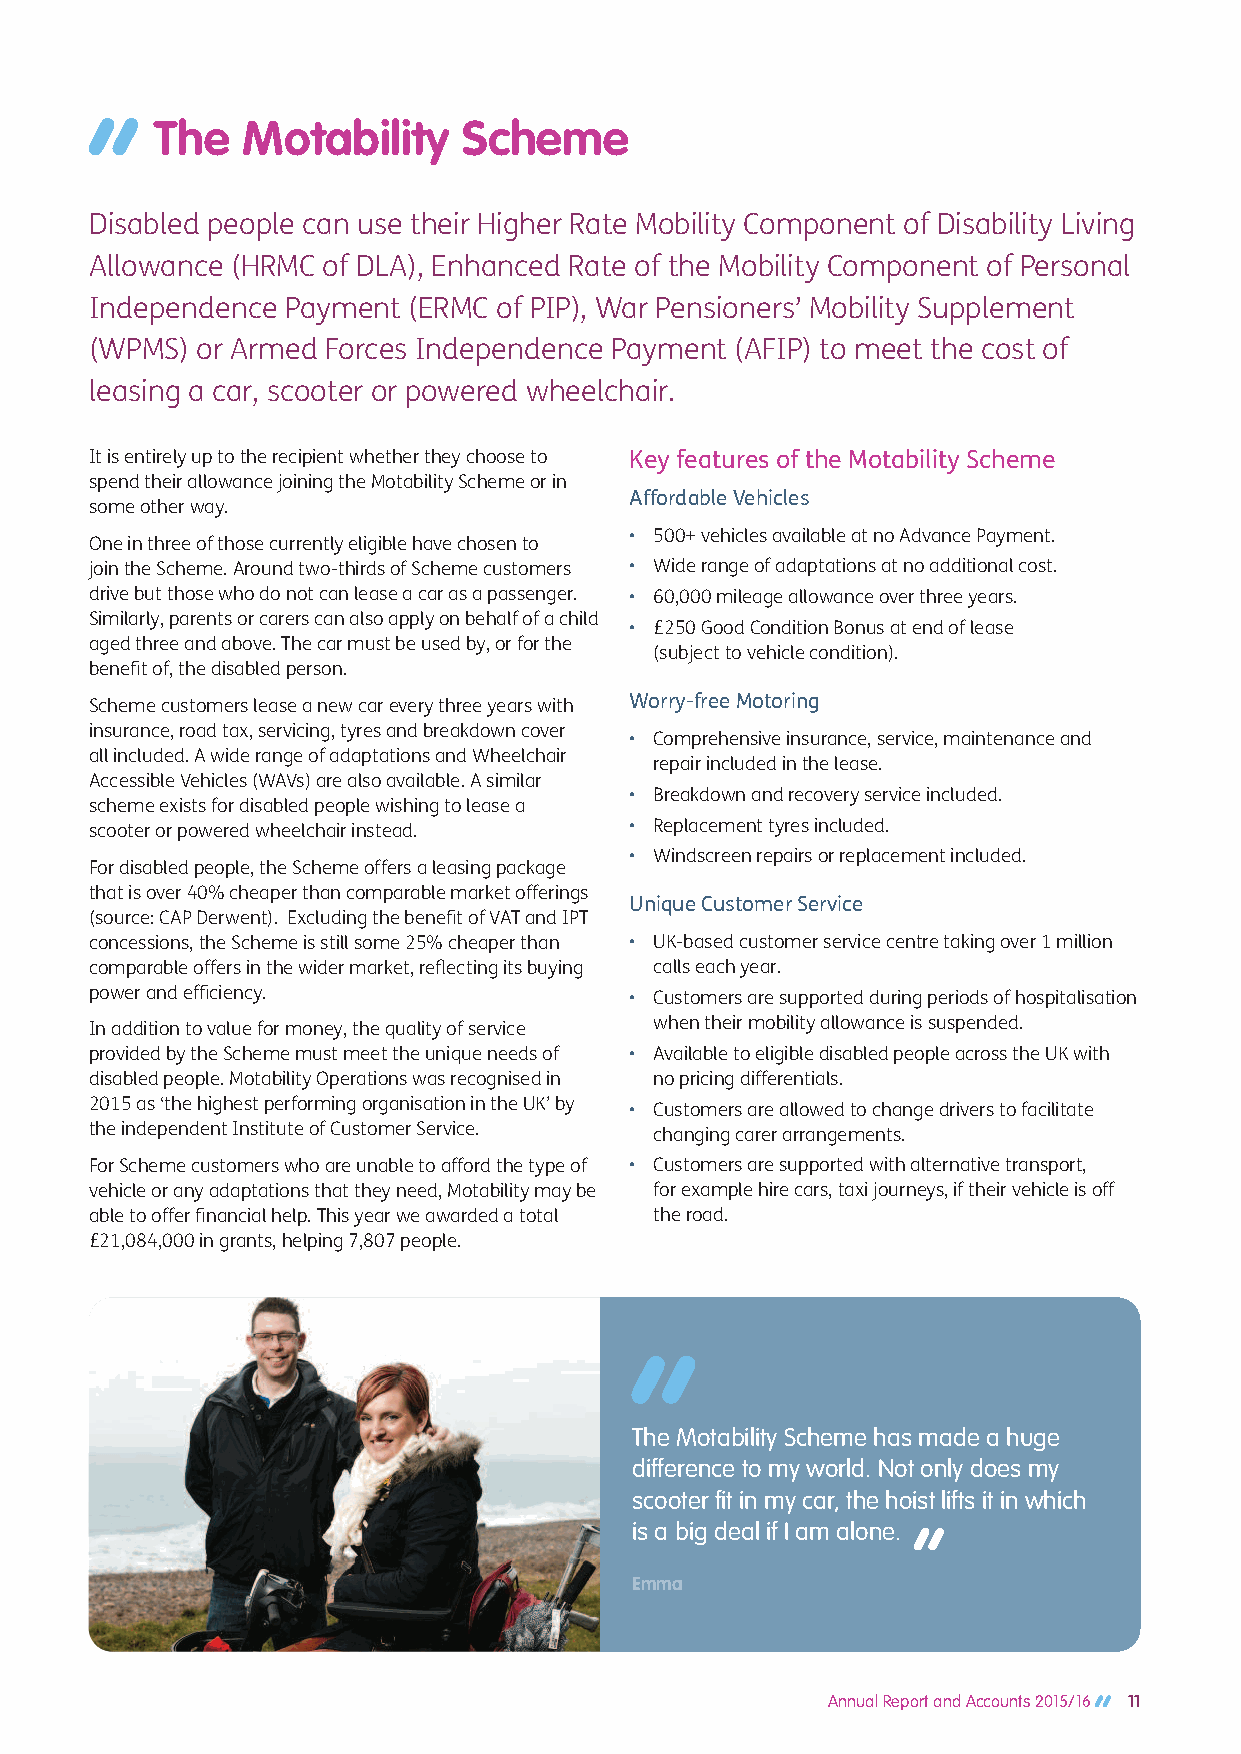
The   Motability     Scheme
 Disabled people can use their Higher Rate Mobility Component of Disability Living
 Allowance (HRMC of DLA), Enhanced Rate of the Mobility Component of Personal
 Independence Payment (ERMC of PIP), War Pensioners’ Mobility Supplement
 (WPMS) or Armed Forces Independence Payment (AFIP) to meet the cost of
 leasing a car, scooter or powered wheelchair.
 It is entirely up to the recipient whether they choose to Key features of the Motability Scheme
 spend their allowance joining the Motability Scheme or in
 Affordable Vehicles
 some other way.
 • 500+ vehicles available at no Advance Payment.
 One in three of those currently eligible have chosen to
 join the Scheme. Around two-thirds of Scheme customers • Wide range of adaptations at no additional cost.
 drive but those who do not can lease a car as a passenger. • 60,000 mileage allowance over three years.
 Similarly, parents or carers can also apply on behalf of a child
 • £250 Good Condition Bonus at end of lease
 aged three and above. The car must be used by, or for the
 (subject to vehicle condition).
 benefit of, the disabled person.
 Scheme customers lease a new car every three years with Worry-free Motoring
 insurance, road tax, servicing, tyres and breakdown cover
 • Comprehensive insurance, service, maintenance and
 all included. A wide range of adaptations and Wheelchair
 repair included in the lease.
 Accessible Vehicles (WAVs) are also available. A similar
 • Breakdown and recovery service included.
 scheme exists for disabled people wishing to lease a
 scooter or powered wheelchair instead. • Replacement tyres included.
 • Windscreen repairs or replacement included.
 For disabled people, the Scheme offers a leasing package
 that is over 40% cheaper than comparable market offerings
 Unique Customer Service
 (source: CAP Derwent). Excluding the benefit of VAT and IPT
 concessions, the Scheme is still some 25% cheaper than • UK-based customer service centre taking over 1 million
 comparable offers in the wider market, reflecting its buying calls each year.
 power and efficiency.               • Customers are supported during periods of hospitalisation
 when their mobility allowance is suspended.
 In addition to value for money, the quality of service
 provided by the Scheme must meet the unique needs of • Available to eligible disabled people across the UK with
 disabled people. Motability Operations was recognised in no pricing differentials.
 2015 as ‘the highest performing organisation in the UK’ by • Customers are allowed to change drivers to facilitate
 the independent Institute of Customer Service. changing carer arrangements.
 For Scheme customers who are unable to afford the type of • Customers are supported with alternative transport,
 vehicle or any adaptations that they need, Motability may be for example hire cars, taxi journeys, if their vehicle is off
 able to offer financial help. This year we awarded a total the road.
 £21,084,000 in grants, helping 7,807 people.
 The Motability Scheme has made a huge
 difference to my world. Not only does my
 scooter fit in my car, the hoist lifts it in which
 is a big deal if I am alone.
 Emma
 Annual Report and Accounts 2015/16 11